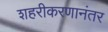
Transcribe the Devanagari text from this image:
शहरीकरणानंतर